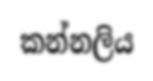
කන්නලිය